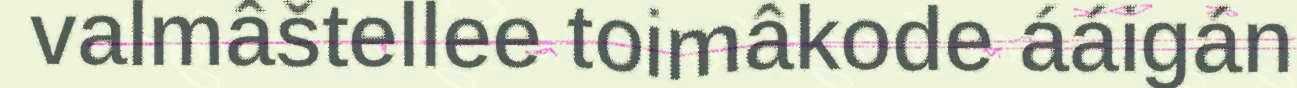
valmâštellee toimâkode ááigán